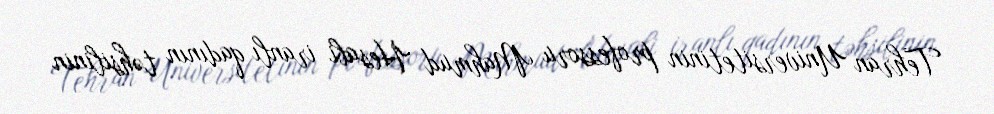
Tehran Universitetinin professoru Mahmud Hesabi iranlı qadının təhsilinin